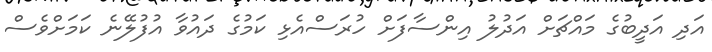
އަދި އަދީބުގެ މައްޗަށް އަދުލު އިންސާފަށް ހުރަސްއެޅި ކަމުގެ ދައުވާ އުފުލޭނެ ކަމަށްވެސް